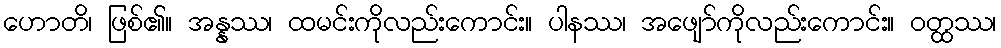
ဟောတိ၊ ဖြစ်၏။ အန္နဿ၊ ထမင်းကိုလည်းကောင်း။ ပါနဿ၊ အဖျော်ကိုလည်းကောင်း။ ဝတ္ထဿ၊